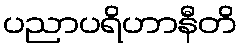
ပညာပရိဟာနီတိ